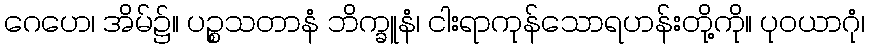
ဂေဟေ၊ အိမ်၌။ ပဉ္စသတာနံ ဘိက္ခူနံ၊ ငါးရာကုန်သောရဟန်းတို့ကို။ ပုဝယာဂုံ၊